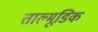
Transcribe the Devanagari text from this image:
ताल्मूडिक